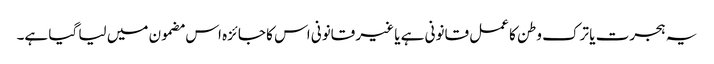
یہ ہجرت یا ترک وطن کا عمل قانونی ہے یا غیر قانونی اس کا جائزہ اس مضمون میں لیا گیا ہے۔